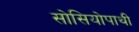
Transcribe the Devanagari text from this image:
सोसियोपाथी